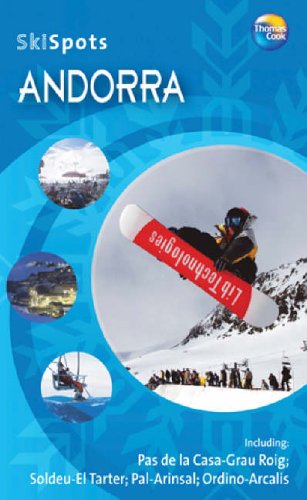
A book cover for andorra skispot; Thomas Cook; Travel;